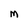
Character: M